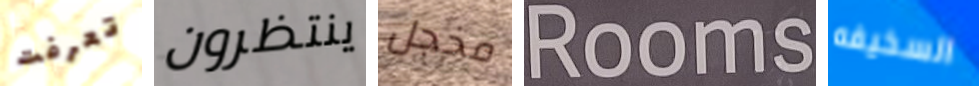
تعرفت ينتظرون مخجل Rooms السخيفه